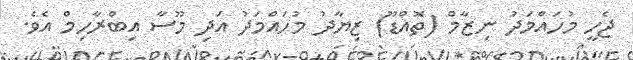
ޖެހީ މުހައްމަދު ނިޒާމް (ތޮއްޑޫ) ޒިޔާދު މުހައްމަދު އަދި މޫސާ އިބްރާހިމް އެވެ.